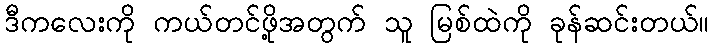
ဒီကလေးကို ကယ်တင်ဖို့အတွက် သူ မြစ်ထဲကို ခုန်ဆင်းတယ်။